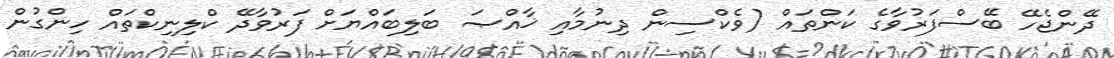
ދޭންޖެހޭ ބޭސްފަރުވާގެ ކަންތައް (ވެކްސިން ދިނުމާއި ޚާއްޞަ ބަލިބައްޔަށް ފަރުވާދޭ ކްލިނިކްތައް ހިންގުން